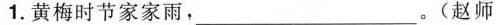
1.黄梅时节家家雨，___。(赵师